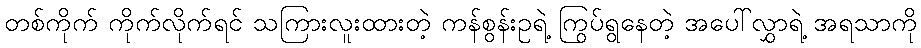
တစ်ကိုက် ကိုက်လိုက်ရင် သကြားလူးထားတဲ့ ကန်စွန်းဥရဲ့ ကြွပ်ရွနေတဲ့ အပေါ်လွှာရဲ့ အရသာကို